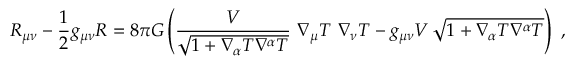
R _ { \mu \nu } - \frac { 1 } { 2 } g _ { \mu \nu } R = 8 \pi G \left( \frac { V } { \sqrt { 1 + \nabla _ { \alpha } T \nabla ^ { \alpha } T } } \, \, \nabla _ { \mu } T \, \, \nabla _ { \nu } T - g _ { \mu \nu } V \, \sqrt { 1 + \nabla _ { \alpha } T \nabla ^ { \alpha } T } \right) \ ,